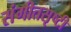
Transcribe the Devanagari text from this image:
संगीतसृष्टी